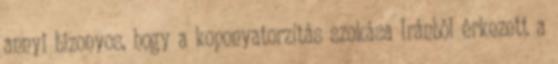
annyi bizonyos, hogy a koponyatorzítás szokása Iránból érkezett a